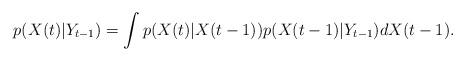
LaTeX: \begin{align*}p(X(t)|Y_{t-1})=\int p(X(t)|X(t-1))p(X(t-1)|Y_{t-1})dX(t-1).\end{align*}